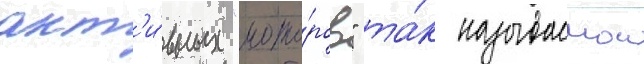
акт'и́вных "мото́ров" та́к называемои